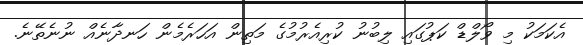
އެކަމަކު މި ވޯލްޑް ކަޕުގައި ލިބުނު ކުރިއެރުމުގެ މަތިން އަހަރެމެން ހަނދާނެއް ނުނެތޭނެ.